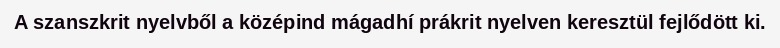
A szanszkrit nyelvből a középind mágadhí prákrit nyelven keresztül fejlődött ki.